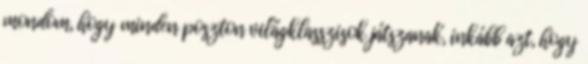
mondom, hogy minden poszton világklasszisok játszanak, inkább azt, hogy